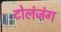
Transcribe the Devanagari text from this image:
टोलंजंग